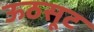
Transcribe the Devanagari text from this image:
ऊठसूट